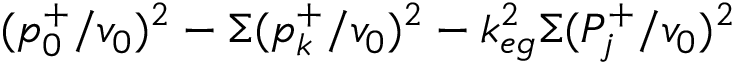
( p _ { 0 } ^ { + } / v _ { 0 } ) ^ { 2 } - \Sigma ( p _ { k } ^ { + } / v _ { 0 } ) ^ { 2 } - k _ { e g } ^ { 2 } \Sigma ( P _ { j } ^ { + } / v _ { 0 } ) ^ { 2 }